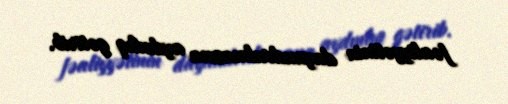
fəaliyyətinin dayandırılmasına aydınlıq gətirib.